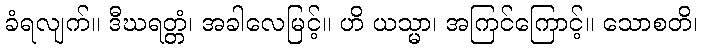
ခံရလျက်။ ဒီဃရတ္တံ၊ အခါလေမြင့်။ ဟိ ယသ္မာ၊ အကြင်ကြောင့်။ သောစတိ၊